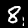
Digit: 8